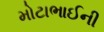
મોટાભાઈની